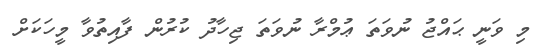
މި ވަނީ ޙައްޖު ނުވަތަ ޢުމްރާ ނުވަތަ ޖިހާދު ކުރުން ފާއިތުވާ މީހަކަށް